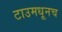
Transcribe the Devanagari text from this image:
टाउमधूनच